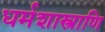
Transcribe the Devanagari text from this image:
धर्मशास्त्राणि